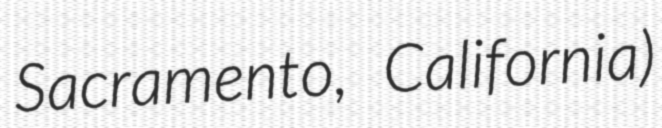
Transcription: Sacramento, California)